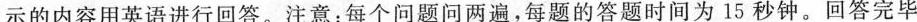
示的内容用英语进行回答。注意：每个问题问两遍，每题的答题时间为15秒钟。回答完毕